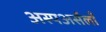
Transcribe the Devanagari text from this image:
अस्पअर्सलाँ